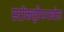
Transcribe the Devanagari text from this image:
स्टॉकहोममधील